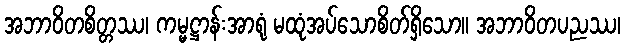
အဘာဝိတစိတ္တဿ၊ ကမ္မဋ္ဌာန်းအာရုံ မထုံအပ်သောစိတ်ရှိသော။ အဘာဝိတပညဿ၊